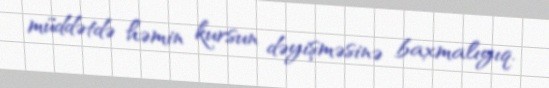
müddətdə həmin kursun dəyişməsinə baxmalıyıq.